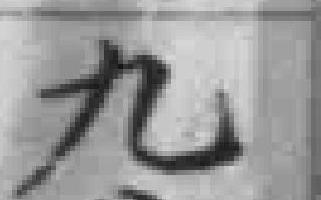
九